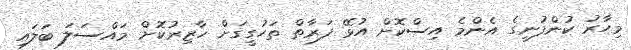
މިހާރު ކުންފުނީގެ އެންމެ އިސްކޮށް އުޅޭ ފަރާތް ތަހުގީގަށް ހާޒިރުކޮށް މައްސަލަ ބަލައި